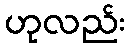
ဟုလည်း